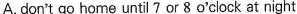
A. don't go home until 7 or 8o'clock at night